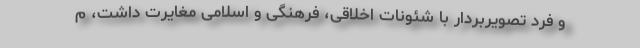
و فرد تصویربردار با شئونات اخلاقی، فرهنگی و اسلامی مغایرت داشت، م